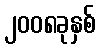
၂၀၀၈ခုနှစ်